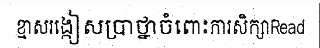
ខ្មាសរង្កៀសប្រាថ្នាចំពោះការសិក្សាRead